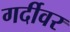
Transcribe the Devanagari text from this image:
गर्दीवर